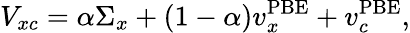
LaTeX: V_{xc}=\alpha\Sigma_{x}+(1-\alpha)v_{x}^{\mathrm{PBE}}+v_{c}^{\mathrm{PBE}},